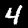
Digit: 4